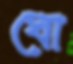
ঘো